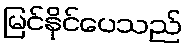
မြင်နိုင်ပေသည်